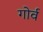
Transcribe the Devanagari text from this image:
गोर्व